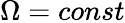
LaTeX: \Omega=const